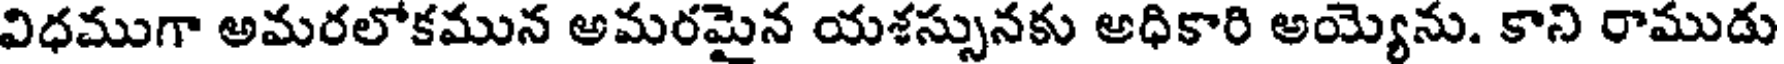
విధముగా అమరలోకమున అమరమైన యశస్సునకు అధికారి అయ్యెను. కాని రాముడు